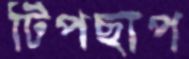
টিপছাপ